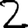
Digit: 2